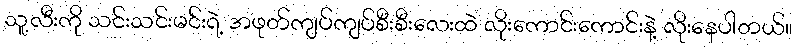
သူ့လီးကို သင်းသင်းမင်းရဲ့ အဖုတ်ကျပ်ကျပ်စီးစီးလေးထဲ လိုးကောင်းကောင်းနဲ့ လိုးနေပါတယ်။